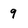
Character: 9